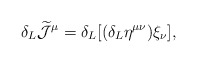
\begin{align*}\delta_{L} \widetilde{\cal J}^{\mu} = \delta_{L} [(\delta_{L}\eta^{\mu\nu}) \xi_{\nu}],\end{align*}